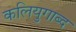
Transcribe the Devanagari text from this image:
कलियुगाब्द